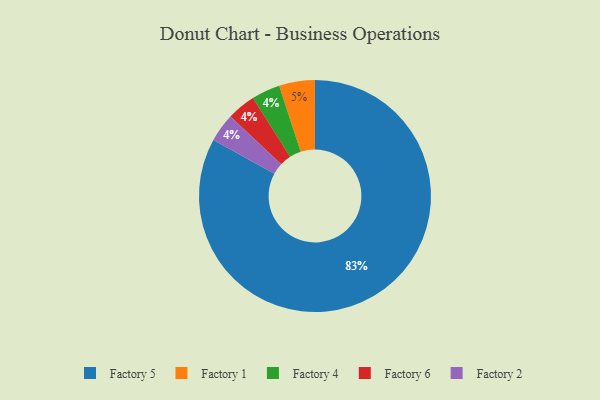
{"axis": {"x": "Category", "y": "Percentage"}, "legend": ["Factory 1", "Factory 2", "Factory 4", "Factory 5", "Factory 6"], "data": [{"x": "Factory 5", "y": 83, "type": "Factory 5"}, {"x": "Factory 4", "y": 4, "type": "Factory 4"}, {"x": "Factory 1", "y": 5, "type": "Factory 1"}, {"x": "Factory 6", "y": 4, "type": "Factory 6"}, {"x": "Factory 2", "y": 4, "type": "Factory 2"}]}